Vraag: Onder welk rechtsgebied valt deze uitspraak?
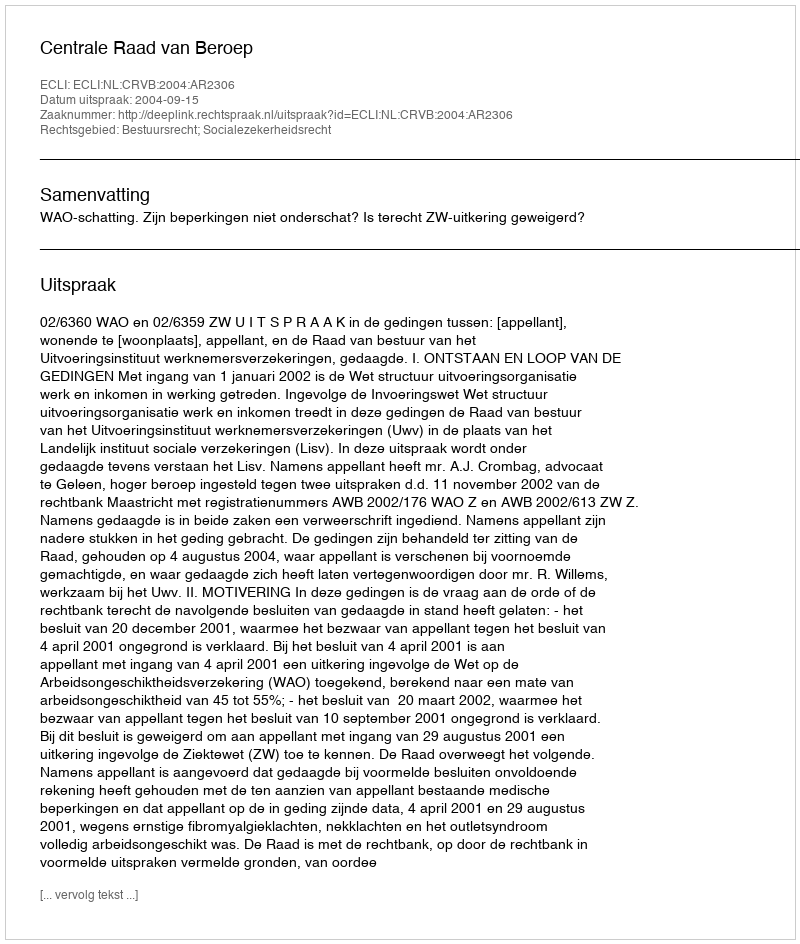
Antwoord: Bestuursrecht; Socialezekerheidsrecht